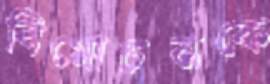
বিমোচনকে